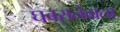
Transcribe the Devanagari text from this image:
घबरानेवाला